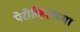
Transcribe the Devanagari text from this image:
पेरीव्हिलच्या